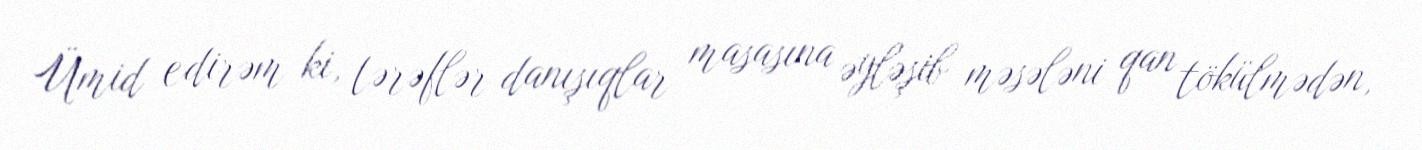
Ümid edirəm ki, tərəflər danışıqlar masasına əyləşib məsələni qan tökülmədən,